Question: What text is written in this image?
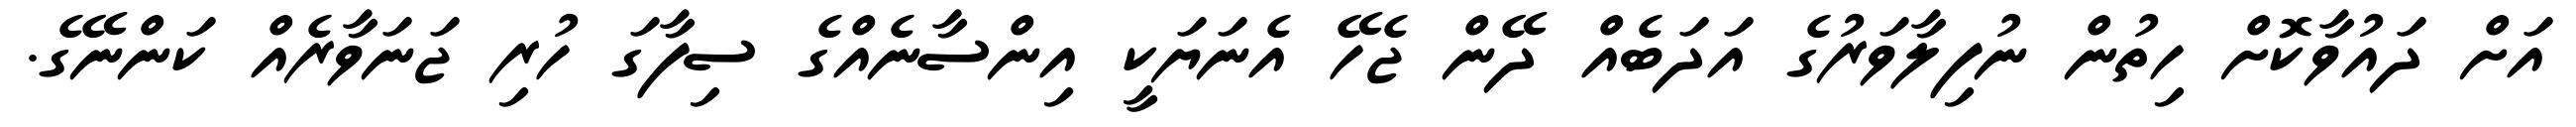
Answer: އަށް ދައުވާކޮށް ހިތުން ނުފިލާވަރުގެ އަދަބެއް ދޭން ޖެހޭ އެނަޔަކީ އިންސާނެއްގެ ސިފާގަ ހުރި ޖަނަވާރެއް ކަންނޭގެ.